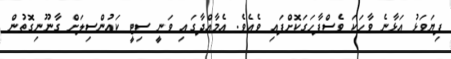
ފިޔަވަޅު އަޅާނެ ވާހަކަ ވެސްފާހަގަކޮށްފައި ވެއެވެ. އެމާއްދާގައި ވަނީ ސިޓީ ކައުންސިލަށް ގާނޫނިގޮތުން